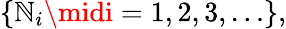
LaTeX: \{ \mathbb{N}_{i}\midi=1,2,3,\ldots\} ,